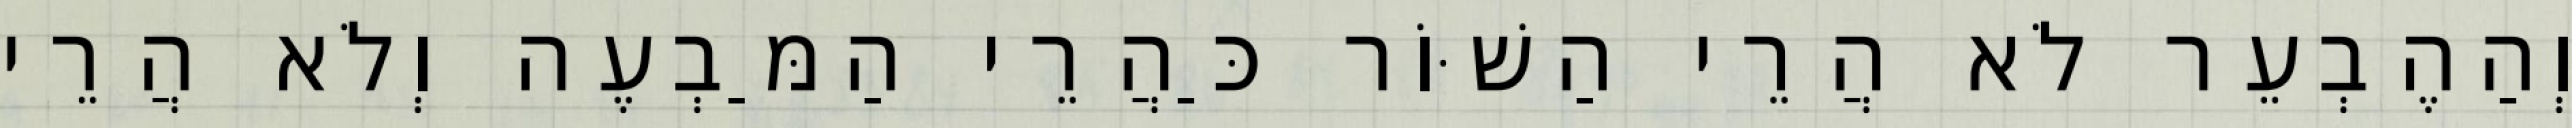
וְהַהֶבְעֵר לֹא הֲרֵי הַשּׁוֹר כַּהֲרֵי הַמַּבְעֶה וְלֹא הֲרֵי